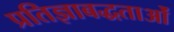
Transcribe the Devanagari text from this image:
प्रतिज्ञाबद्धताओं